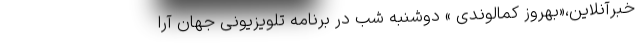
خبرآنلاین،«بهروز کمالوندی » دوشنبه شب در برنامه تلویزیونی جهان آرا